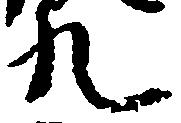
九